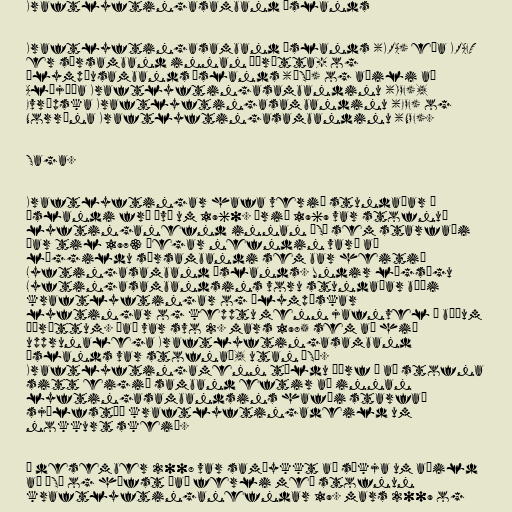
Kraftlyftingasamband Íslands

Kraftlyftingasamband Íslands (KRA) eða KRAFT
er sérsamband innan Íþrótta- og
Ólympíusambands Íslands (ÍSÍ) og aðili að
Alþjóða Kraftlyftingasambandinu (IPF),
Evrópska Kraftlyftingasambandinu (EPF) og
Norræna Kraftlyftingasambandinu (NPF).

Saga.

Kraftlyftingar hafa verið stundaðar á
Íslandi frá því um 1960. Árið 1969 var stofnuð
lyftinganefnd innan ÍSÍ sem starfaði
þar til 1973 þegar nefndin varð að
löggildu sérsambandi sem bar heitið
Lyftingasamband Íslands. Undir lögsögu
Lyftingasambandsins voru stundaðar bæði
kraftlyftingar og ólympískar
lyftingar og kepptu menn jafnvel í báðum
íþróttum. Það var svo 2. mars 1985 sem að hið
upprunalega Kraftlyftingasamband
Íslands var stofnað, utan ÍSÍ.
Kraftlyftingamenn töldu þörf á að stofna
sitt eigið samband eftir að innan
lyftingasambandsins hafði starfað
sjálfstæð kraftlyftingadeild um
nokkurt skeið.

Í desember 2008 var samþykkt að sækja um aðild
að ÍSÍ og hófst það ferli með stofnun
kraftlyftinganefndar 19. mars 2009 og